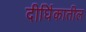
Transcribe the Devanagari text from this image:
दीर्घिकातील